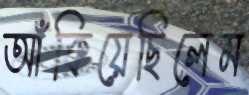
আঁকিয়েছিলেম